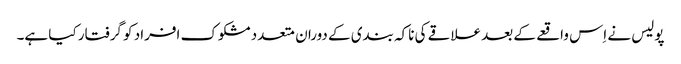
پولیس نے اِس واقعے کے بعد علاقے کی ناکہ بندی کے دوران متعدد مشکوک افراد کو گرفتار کیا ہے۔